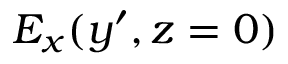
E _ { x } ( y ^ { \prime } , z = 0 )